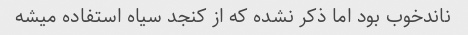
ناندخوب بود اما ذکر نشده که از کنجد سیاه استفاده میشه